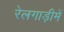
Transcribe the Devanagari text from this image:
रेलगाड़ीमें